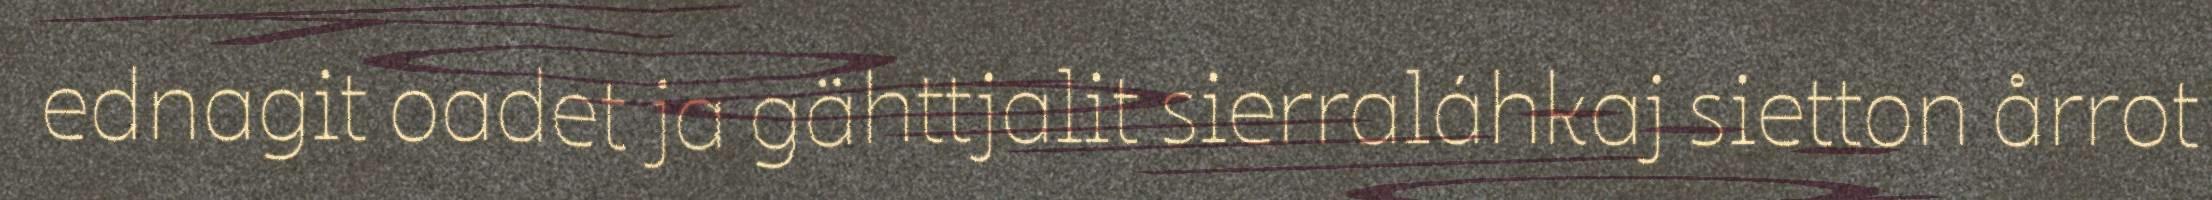
ednagit oadet ja gähttjalit sierraláhkaj sietton årrot